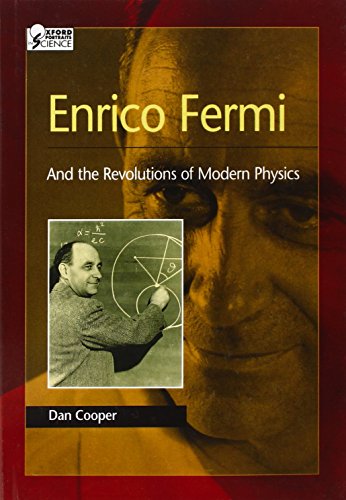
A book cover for Enrico Fermi: And the Revolutions of Modern Physics (Oxford Portraits in Science); Dan Cooper; Teen & Young Adult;